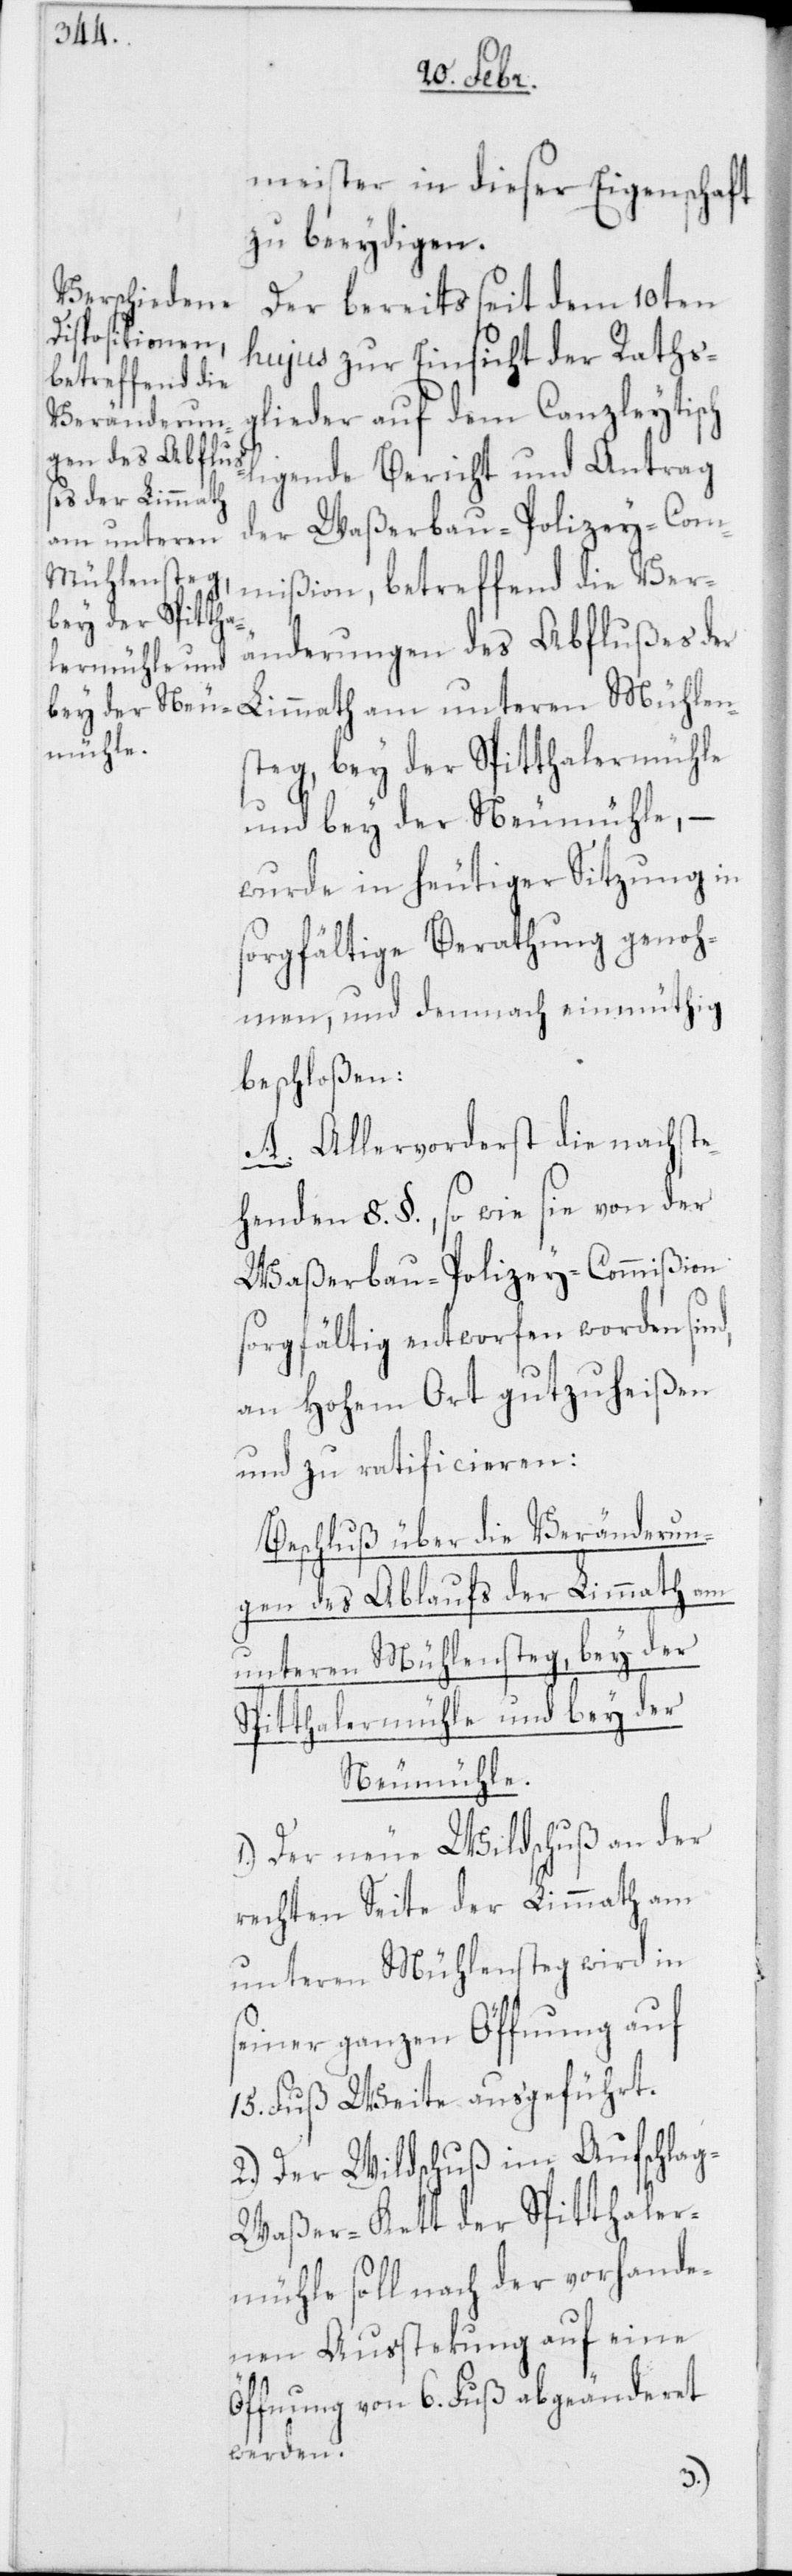
meister in dieser Eigenschaft
zu beeydigen.
Der bereits seit dem 10ten
hujus zur Einsicht der Raths¬
betreffend die
glieder auf dem Canzleytisch
ligende Bericht und Antrag
änderungen des Abflußes der
Limmath am unteren Mühlen¬
steg, bey der Spitthalermühle
und bey der Neumühle, –
wurde in heutiger Sitzung in
sorgfältige Berathung genoh¬
men, und demnach einmüthig
beschloßen:
A. Allervorderst die nachste¬
henden 8. §., so wie sie von der
Waßerbau-Polizey-Commißion
sorgfältig entworfen worden sind,
an Hohem Ort gutzuheißen
und zu ratificieren:
Beschluß über die Veränderun¬
gen des Ablaufs der Limmath am
unteren Mühlensteg, bey der
Spitthalermühle und bey der
Neumühle.
1.) Der neue Wildschuß an der
rechten Seite der Limmath am
unteren Mühlensteg wird in
seiner ganzen Öffnung auf
15. Fuß Weite ausgeführt.
2.) Der Wildschuß im Aufschla¬
g-Waßer-Kett der Spitthaler¬
mühle soll nach der vorhande¬
nen Aussteckung auf eine
Öffnung von 6. Fuß abgeänderet
werden.
Ver¬